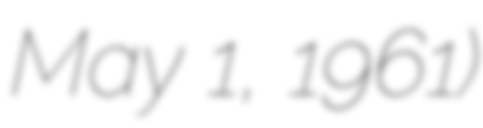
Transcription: May 1, 1961)